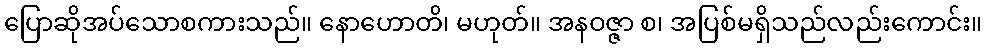
ပြောဆိုအပ်သောစကားသည်။ နောဟောတိ၊ မဟုတ်။ အနဝဇ္ဇာ စ၊ အပြစ်မရှိသည်လည်းကောင်း။